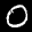
Label: 0